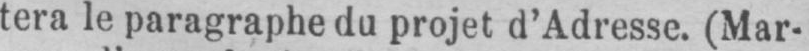
tera le paragraphe du projet d’Adresse. (Mar-